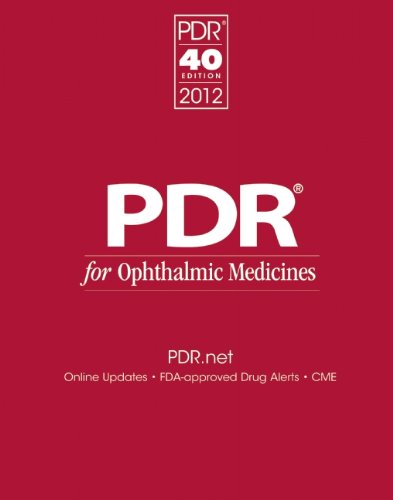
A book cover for PDR for Ophthalmic Medicines 2012 (Physicians' Desk Reference for Ophthalmic Medicines); PDR Staff; Medical Books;